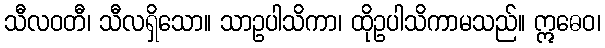
သီလဝတီ၊ သီလရှိသော။ သာဥပါသိကာ၊ ထိုဥပါသိကာမသည်။ ဣဓေဝ၊